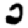
Digit: 2